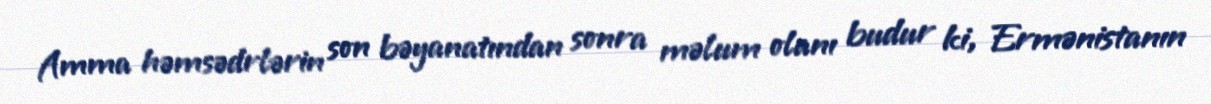
Amma həmsədrlərin son bəyanatından sonra məlum olanı budur ki, Ermənistanın